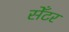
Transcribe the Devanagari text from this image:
सेँटर